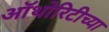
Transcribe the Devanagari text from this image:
ऑथोरिटीच्या